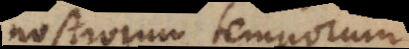
nostrorum temporum